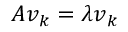
A { \boldsymbol { v } } _ { k } = \lambda { \boldsymbol { v } } _ { k }